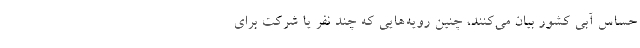
حساس آبی کشور بیان می‌کنند، چنین رویه‌هایی که چند نفر یا شرکت برای